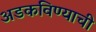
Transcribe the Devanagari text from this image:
अडकविण्याची